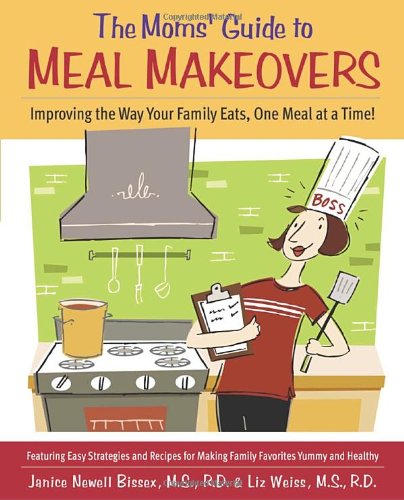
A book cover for The Moms' Guide to Meal Makeovers: Improving the Way Your Family Eats, One Meal at a Time!; Janice Newell Bissex; Cookbooks, Food & Wine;